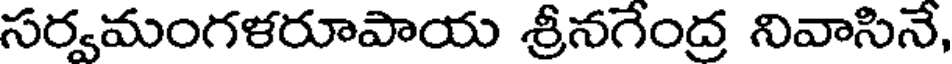
సర్వమంగళరూపాయ శ్రీనగేంద్ర నివాసినే,